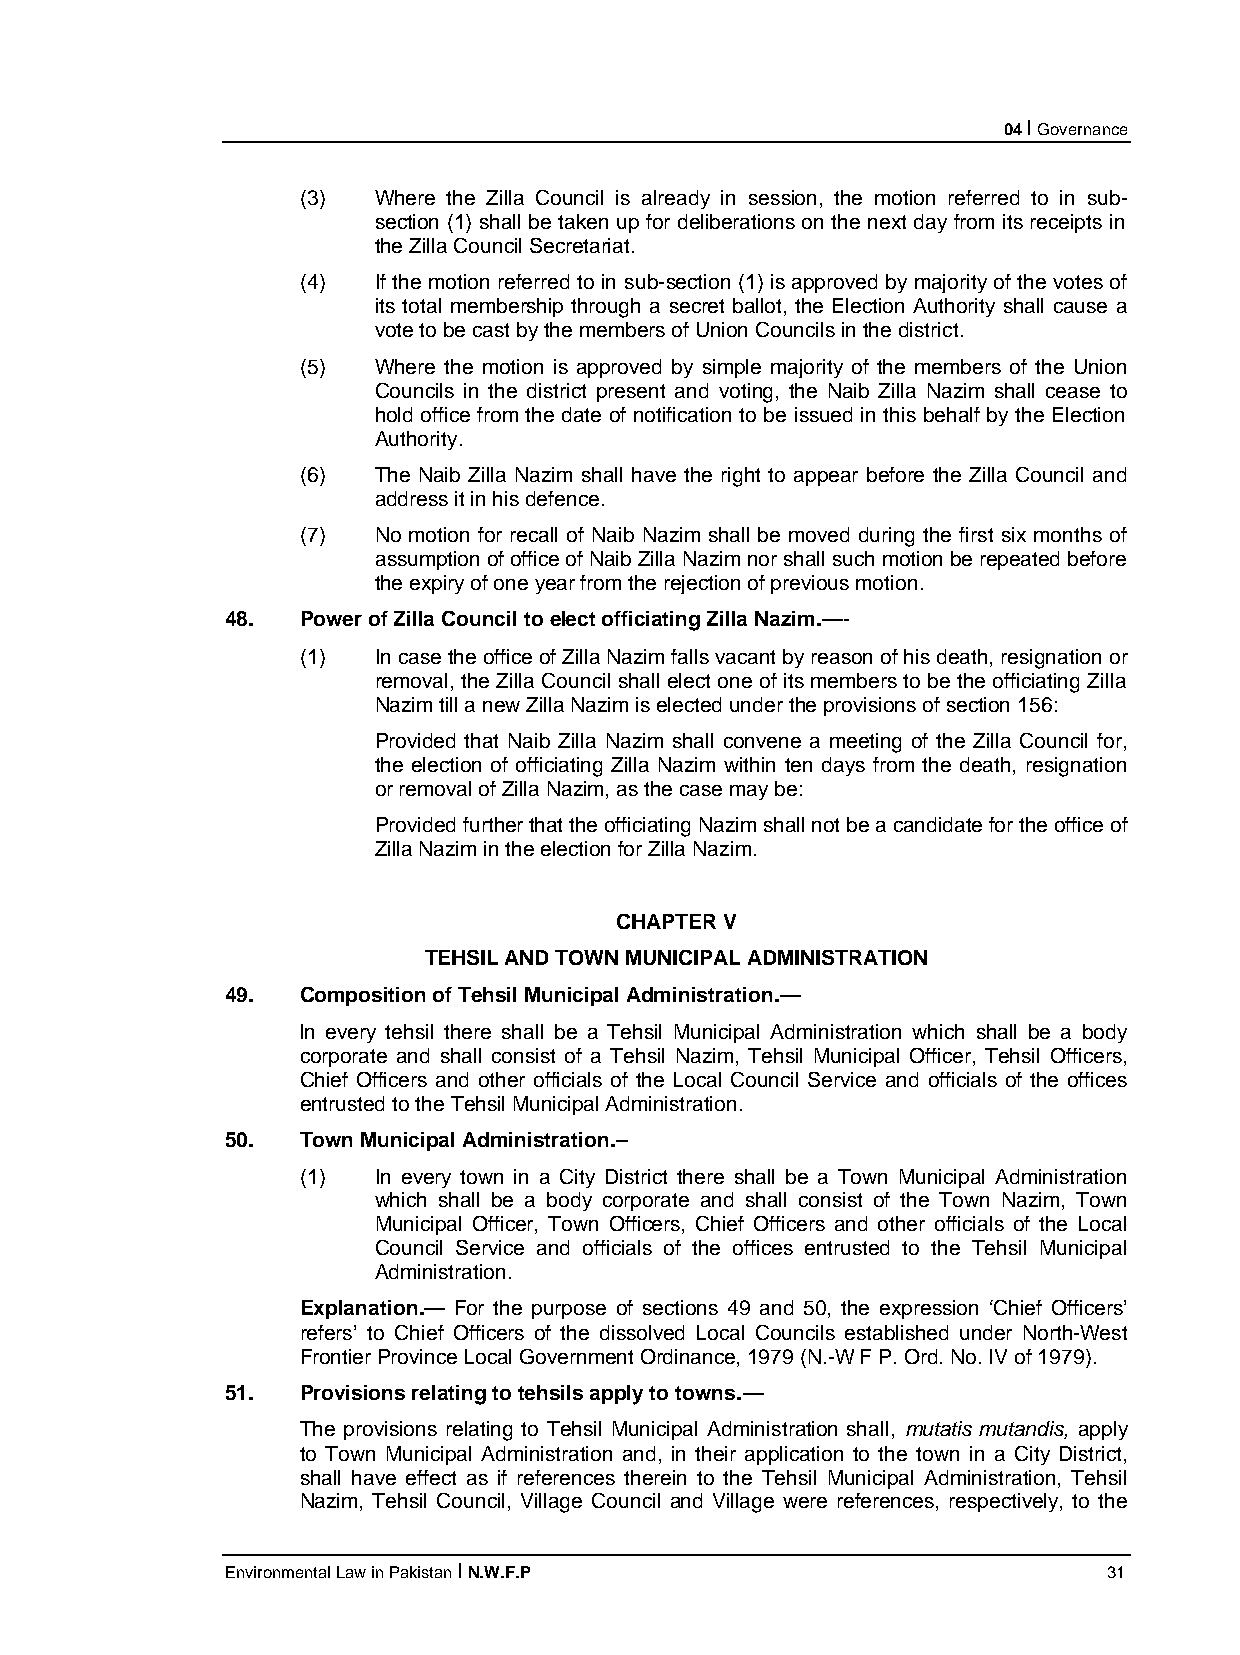
04 I Governance
 (3)  Where the Zilla Council is already in session, the motion referred to in sub-
 section (1) shall be taken up for deliberations on the next day from its receipts in
 the Zilla Council Secretariat.
 (4)  If the motion referred to in sub-section (1) is approved by majority of the votes of
 its total membership through a secret ballot, the Election Authority shall cause a
 vote to be cast by the members of Union Councils in the district.
 (5)  Where the motion is approved by simple majority of the members of the Union
 Councils in the district present and voting, the Naib Zilla Nazim shall cease to
 hold office from the date of notification to be issued in this behalf by the Election
 Authority.
 (6)  The Naib Zilla Nazim shall have the right to appear before the Zilla Council and
 address it in his defence.
 (7)  No motion for recall of Naib Nazim shall be moved during the first six months of
 assumption of office of Naib Zilla Nazim nor shall such motion be repeated before
 the expiry of one year from the rejection of previous motion.
 48.  Power of Zilla Council to elect officiating Zilla Nazim.—-
 (1)  In case the office of Zilla Nazim falls vacant by reason of his death, resignation or
 removal, the Zilla Council shall elect one of its members to be the officiating Zilla
 Nazim till a new Zilla Nazim is elected under the provisions of section 156:
 Provided that Naib Zilla Nazim shall convene a meeting of the Zilla Council for,
 the election of officiating Zilla Nazim within ten days from the death, resignation
 or removal of Zilla Nazim, as the case may be:
 Provided further that the officiating Nazim shall not be a candidate for the office of
 Zilla Nazim in the election for Zilla Nazim.
 CHAPTER V
 TEHSIL AND TOWN MUNICIPAL ADMINISTRATION
 49.  Composition of Tehsil Municipal Administration.—
 ln every tehsil there shall be a Tehsil Municipal Administration which shall be a body
 corporate and shall consist of a Tehsil Nazim, Tehsil Municipal Officer, Tehsil Officers,
 Chief Officers and other officials of the Local Council Service and officials of the offices
 entrusted to the Tehsil Municipal Administration.
 50.  Town Municipal Administration.–
 (1)  In every town in a City District there shall be a Town Municipal Administration
 which shall be a body corporate and shall consist of the Town Nazim, Town
 Municipal Officer, Town Officers, Chief Officers and other officials of the Local
 Council Service and officials of the offices entrusted to the Tehsil Municipal
 Administration.
 Explanation.— For the purpose of sections 49 and 50, the expression ‘Chief Officers’
 refers’ to Chief Officers of the dissolved Local Councils established under North-West
 Frontier Province Local Government Ordinance, 1979 (N.-W F P. Ord. No. IV of 1979).
 51.  Provisions relating to tehsils apply to towns.—
 The provisions relating to Tehsil Municipal Administration shall, mutatis mutandis, apply
 to Town Municipal Administration and, in their application to the town in a City District,
 shall have effect as if references therein to the Tehsil Municipal Administration, Tehsil
 Nazim, Tehsil Council, Village Council and Village were references, respectively, to the
 Environmental Law in Pakistan I N.W.F.P                   31